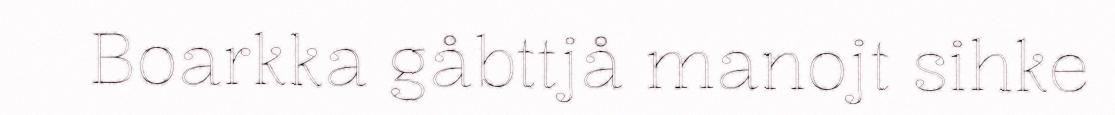
Boarkka gåbttjå manojt sihke